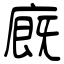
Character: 廐